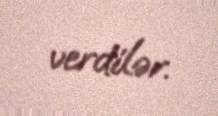
verdilər.